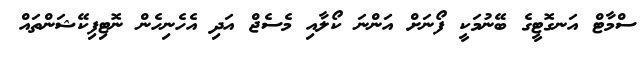
ސްމާޓް އަނގޮޓީގެ ބޭނުމަކީ ފޯނަށް އަންނަ ކޯލާއި މެސެޖް އަދި އެހެނިހެން ނޮޓިފިކޭޝަންތައް